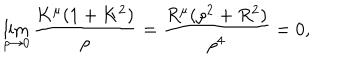
\lim _ { \rho \to 0 } \frac { K ^ { \mu } ( 1 + K ^ { 2 } ) } { \rho } = \frac { R ^ { \mu } ( \rho ^ { 2 } + R ^ { 2 } ) } { \rho ^ { 4 } } = 0 ,